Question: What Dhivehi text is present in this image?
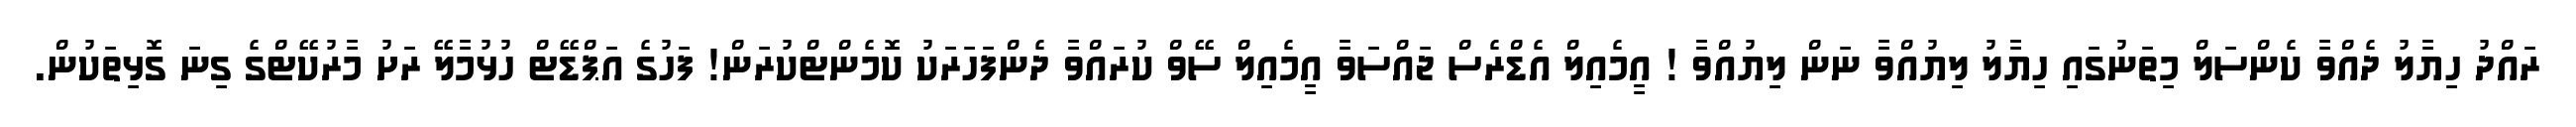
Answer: ރައްދު ހިޔާލު ދެއްވާ ކެންސަލް މިތަނުގައި ހިޔާލު ލިޔުއްވާ ނަން ލިޔުއްވާ ! އީމެއިލް އެޑްރެސް ޖައްސަވާ އީމެއިލް ސޭވް ކުރައްވާ ދެންފަހަރަކު ކޮމެންޓްކުރަން! ފަހުގެ އަޕްޑޭޓް ހުޅުމާލޭ ރަށު މާރުކޭޓްގެ ގިނަ ގޮޅިތަކުން.